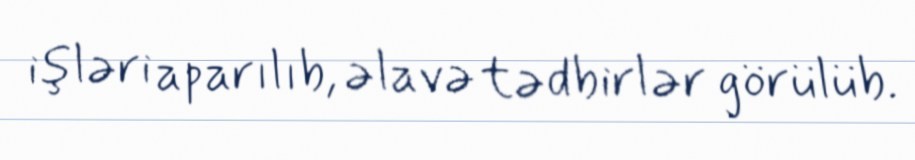
işləri aparılıb, əlavə tədbirlər görülüb.